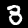
Label: 3